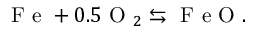
\mathrm { ~ F ~ e ~ } + 0 . 5 \mathrm { ~ O ~ } _ { 2 } \leftrightarrows \mathrm { ~ F ~ e ~ O ~ } .